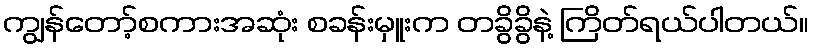
ကျွန်တော့်စကားအဆုံး စခန်းမှူးက တခွိခွိနဲ့ ကြိတ်ရယ်ပါတယ်။